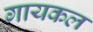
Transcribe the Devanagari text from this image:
गायकल